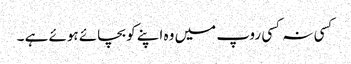
کسی نہ کسی روپ میں وہ اپنے کو بچائے ہوئے ہے ۔